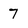
Character: 7